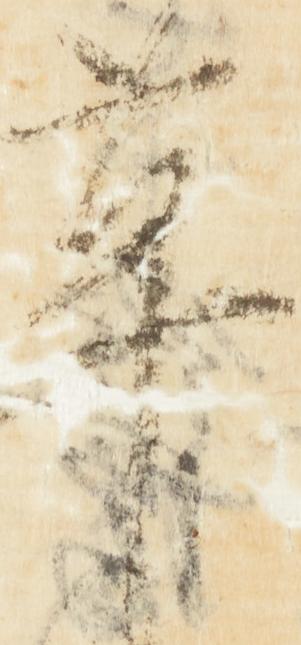
革